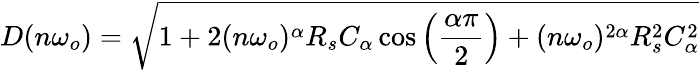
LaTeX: D(n\omega_{o})=\sqrt{1+2(n\omega_{o})^{\alpha}R_{s}C_{\alpha}\cos\left(\frac{\alpha\pi}{2}\right)+(n\omega_{o})^{2\alpha}R_{s}^{2}C_{\alpha}^{2}}